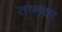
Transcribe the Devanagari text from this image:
तानवा